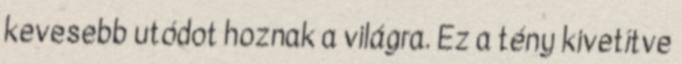
kevesebb utódot hoznak a világra. Ez a tény kivetítve